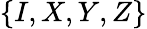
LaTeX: \left\{ I,X,Y,Z\right\}